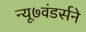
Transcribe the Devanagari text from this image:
न्यू७वंडर्सने